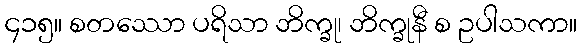
၄၁၅။ စတဿော ပရိသာ ဘိက္ခု၊ ဘိက္ခုနီ စ ဥပါသကာ။